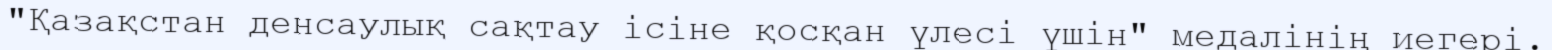
"Қазақстан денсаулық сақтау ісіне қосқан үлесі үшін" медалінің иегері.